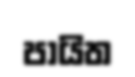
පායිත